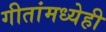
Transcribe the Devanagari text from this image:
गीतांमध्येही